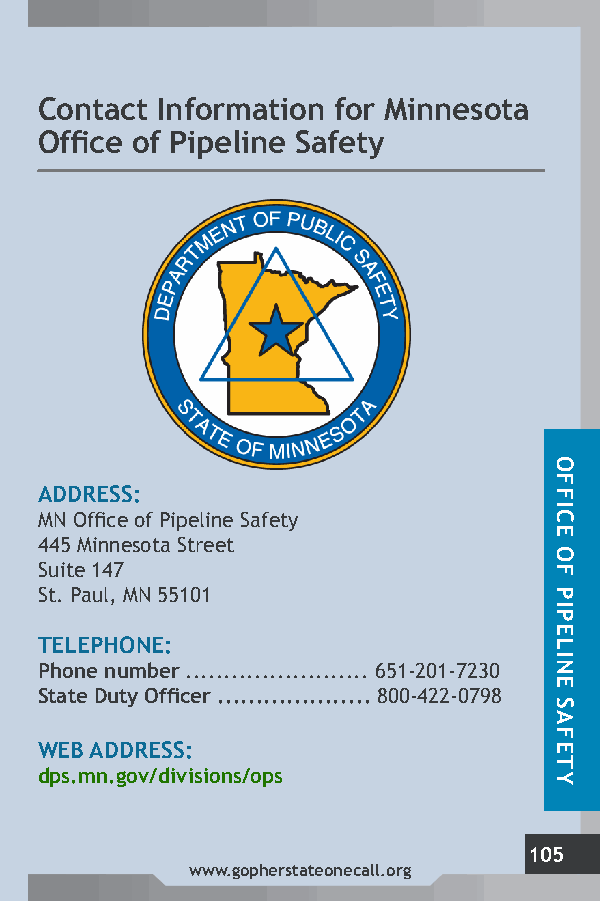
Contact Information for Minnesota
 Office of Pipeline Safety
 ADDRESS:
 MN Office of Pipeline Safety
 445 Minnesota Street
 Suite 147
 St. Paul, MN 55101
 TELEPHONE:
 Phone number ........................ 651-201-7230
 State Duty Officer .................... 800-422-0798
 WEB ADDRESS:
 dps.mn.gov/divisions/ops
 105
 www.gopherstateonecall.org
 OFFICE
 OF
 PIPELINE
 SAFETY